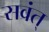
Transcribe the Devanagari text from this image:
सवंत्‌